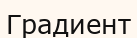
Градиент